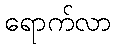
ရောက်လာ